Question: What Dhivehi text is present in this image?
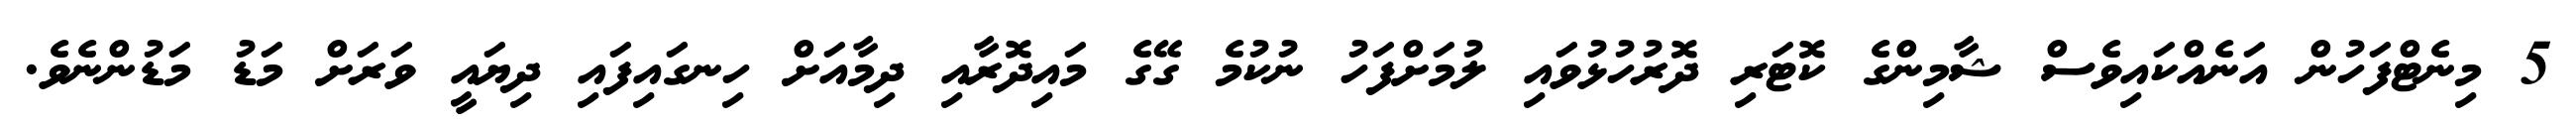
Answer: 5 މިނެޓްފަހުން އަނެއްކައިވެސް ޝާމިންގެ ކޮޓަރި ދޮރުހުޅުވައި ލުމަށްފަހު ނުކުމެ ގޭގެ މައިދޮރާއި ދިމާއަށް ހިނގައިފައި ދިޔައީ ވަރަށް މަޑު މަޑުންނެވެ.